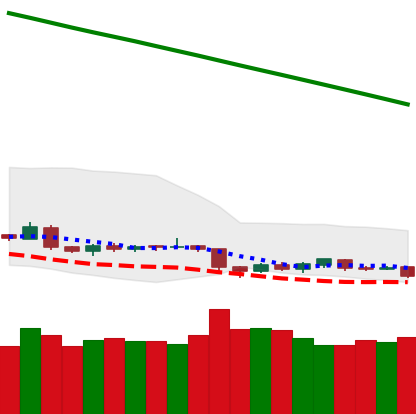
Ticker: BTC-USD
Chart end date: 2019-02-06
Forward return: 6.874%
Label: up_5_7